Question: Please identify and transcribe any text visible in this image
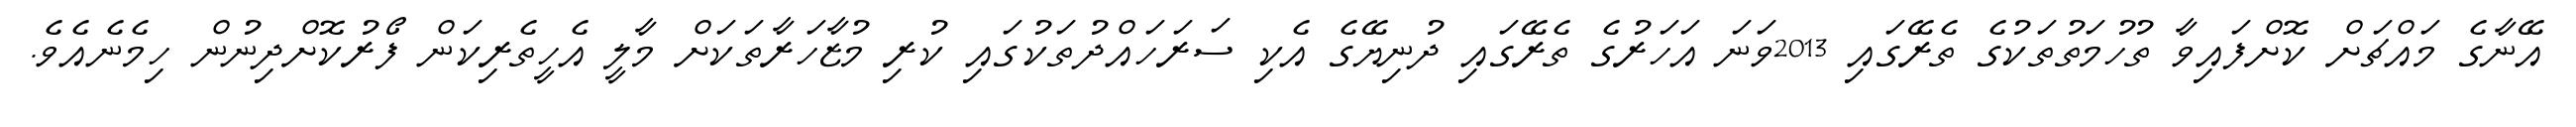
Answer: އޭނާގެ މައްޗަށް ކޮށްފައިވާ ތުހުމަތުތަކުގެ ތެރޭގައި 2013ވަނަ އަހަރުގެ ތެރޭގައި ދުނިޔޭގެ އެކި ސަރަހައްދުތަކުގައި ކުރި މުޒާހަރާތަކަށް މާލީ އެހީތެރިކަން ފޯރުކޮށްދިނުން ހިމެނެއެވެ.